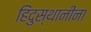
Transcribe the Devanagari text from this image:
हिंदुस्थानींना